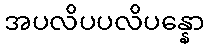
အပလိပပလိပန္နော